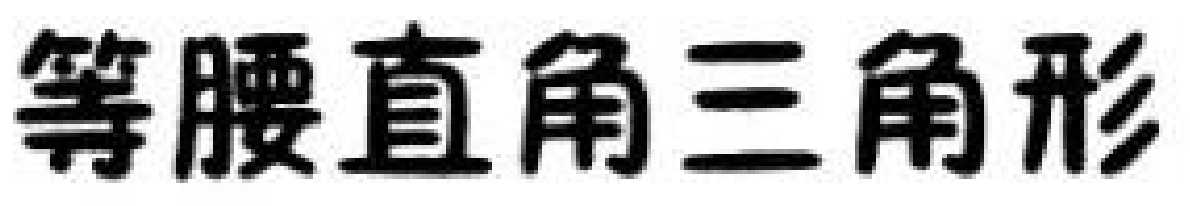
等腰直角三角形